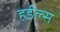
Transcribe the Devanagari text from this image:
हर्डल्स